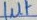
Text: 1µF